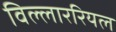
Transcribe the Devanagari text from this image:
विल्लाररियल